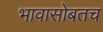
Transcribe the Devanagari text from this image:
भावासोबतच